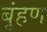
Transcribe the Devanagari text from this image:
बृंहण